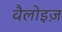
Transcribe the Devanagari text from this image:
वैलोइज़